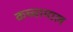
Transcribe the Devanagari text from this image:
कच्‍चामाल